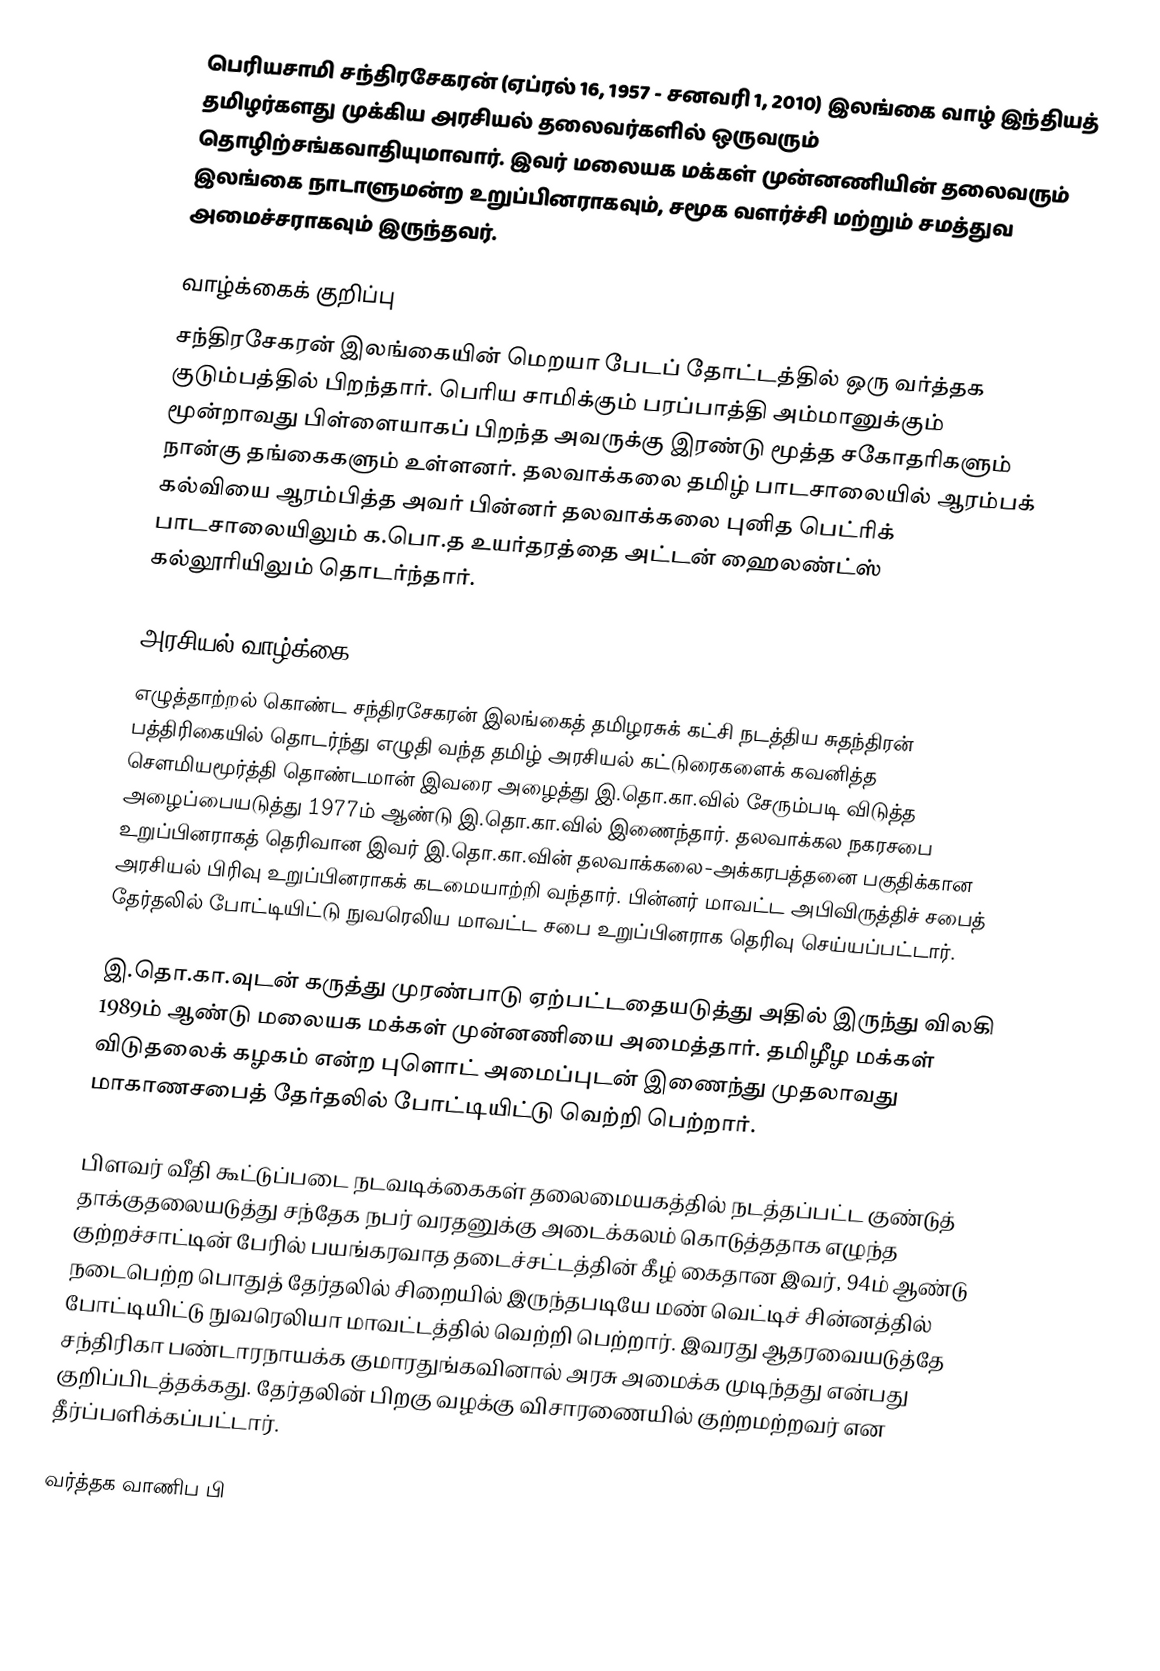
பெரியசாமி சந்திரசேகரன் (ஏப்ரல் 16, 1957 - சனவரி 1, 2010)  இலங்கை வாழ் இந்தியத் தமிழர்களது முக்கிய அரசியல் தலைவர்களில் ஒருவரும் தொழிற்சங்கவாதியுமாவார். இவர் மலையக மக்கள் முன்னணியின் தலைவரும் இலங்கை நாடாளுமன்ற உறுப்பினராகவும், சமூக வளர்ச்சி மற்றும் சமத்துவ அமைச்சராகவும் இருந்தவர்.

வாழ்க்கைக் குறிப்பு
சந்திரசேகரன் இலங்கையின் மெறயா பேடப் தோட்டத்தில் ஒரு வர்த்தக குடும்பத்தில் பிறந்தார். பெரிய சாமிக்கும் பரப்பாத்தி அம்மானுக்கும் மூன்றாவது பிள்ளையாகப் பிறந்த அவருக்கு இரண்டு மூத்த சகோதரிகளும் நான்கு தங்கைகளும் உள்ளனர். தலவாக்கலை தமிழ் பாடசாலையில் ஆரம்பக் கல்வியை ஆரம்பித்த அவர் பின்னர் தலவாக்கலை புனித பெட்ரிக் பாடசாலையிலும் க.பொ.த உயர்தரத்தை அட்டன் ஹைலண்ட்ஸ் கல்லூரியிலும் தொடர்ந்தார்.

அரசியல் வாழ்க்கை
எழுத்தாற்றல் கொண்ட சந்திரசேகரன் இலங்கைத் தமிழரசுக் கட்சி நடத்திய சுதந்திரன் பத்திரிகையில் தொடர்ந்து எழுதி வந்த தமிழ் அரசியல் கட்டுரைகளைக் கவனித்த செளமியமூர்த்தி தொண்டமான் இவரை அழைத்து இ.தொ.கா.வில் சேரும்படி விடுத்த அழைப்பையடுத்து 1977ம் ஆண்டு இ.தொ.கா.வில் இணைந்தார். தலவாக்கல நகரசபை உறுப்பினராகத் தெரிவான இவர் இ.தொ.கா.வின் தலவாக்கலை-அக்கரபத்தனை பகுதிக்கான அரசியல் பிரிவு உறுப்பினராகக் கடமையாற்றி வந்தார். பின்னர் மாவட்ட அபிவிருத்திச் சபைத் தேர்தலில் போட்டியிட்டு நுவரெலிய மாவட்ட சபை உறுப்பினராக தெரிவு செய்யப்பட்டார்.

இ.தொ.கா.வுடன் கருத்து முரண்பாடு ஏற்பட்டதையடுத்து அதில் இருந்து விலகி 1989ம் ஆண்டு மலையக மக்கள் முன்னணியை அமைத்தார். தமிழீழ மக்கள் விடுதலைக் கழகம் என்ற புளொட் அமைப்புடன் இணைந்து முதலாவது மாகாணசபைத் தேர்தலில் போட்டியிட்டு வெற்றி பெற்றார்.

பிளவர் வீதி கூட்டுப்படை நடவடிக்கைகள் தலைமையகத்தில் நடத்தப்பட்ட குண்டுத் தாக்குதலையடுத்து சந்தேக நபர் வரதனுக்கு அடைக்கலம் கொடுத்ததாக எழுந்த குற்றச்சாட்டின் பேரில் பயங்கரவாத தடைச்சட்டத்தின் கீழ் கைதான இவர், 94ம் ஆண்டு நடைபெற்ற பொதுத் தேர்தலில் சிறையில் இருந்தபடியே மண் வெட்டிச் சின்னத்தில் போட்டியிட்டு நுவரெலியா மாவட்டத்தில் வெற்றி பெற்றார். இவரது ஆதரவையடுத்தே சந்திரிகா பண்டாரநாயக்க குமாரதுங்கவினால் அரசு அமைக்க முடிந்தது என்பது குறிப்பிடத்தக்கது. தேர்தலின் பிறகு வழக்கு விசாரணையில் குற்றமற்றவர் என தீர்ப்பளிக்கப்பட்டார்.

வர்த்தக வாணிப பி